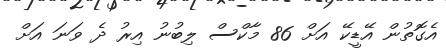
އެގޮތުން އޭޑީކޭ އަށް 86 މާކްސް ލިބުނު އިރު ދެ ވަނަ އަށް